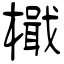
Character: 檝